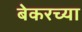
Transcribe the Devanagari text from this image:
बेकरच्या